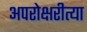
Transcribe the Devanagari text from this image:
अपरोक्षरीत्या